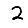
Digit: 2